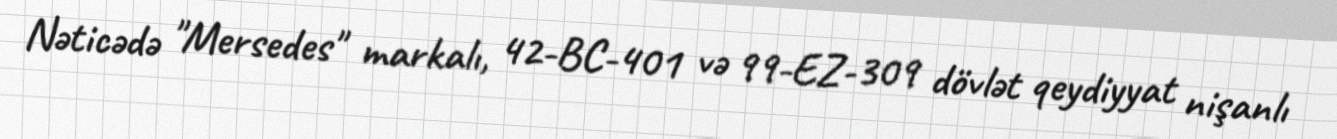
Nəticədə "Mersedes" markalı, 42-BC-401 və 99-EZ-309 dövlət qeydiyyat nişanlı